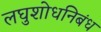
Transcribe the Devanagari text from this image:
लघुशोधनिबंध